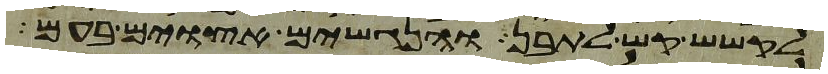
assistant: לקשש קש לתבן והנגשים אצוים בעם